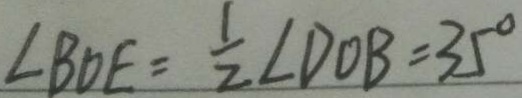
\angle B D E = \frac { 1 } { 2 } \angle D O B = 3 5 ^ { \circ }